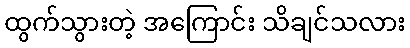
ထွက်သွားတဲ့ အကြောင်း သိချင်သလား